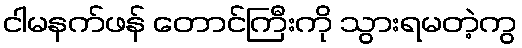
ငါမနက်ဖန် တောင်ကြီးကို သွားရမတဲ့ကွ